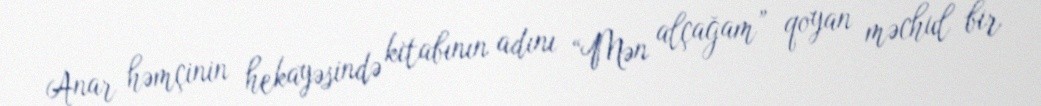
Anar həmçinin hekayəsində kitabının adını “Mən alçağam” qoyan məchul bir